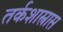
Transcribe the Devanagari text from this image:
तर्कशास्त्रास